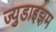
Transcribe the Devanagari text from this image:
ज्युडाइझम